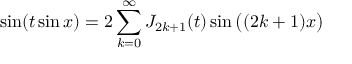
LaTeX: \sin ( t \sin x ) = 2 \sum _ { k = 0 } ^ { \infty } J _ { 2 k + 1 } ( t ) \sin { \big ( } ( 2 k + 1 ) x { \big ) }